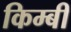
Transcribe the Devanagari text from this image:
किम्बी